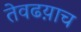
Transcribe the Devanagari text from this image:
तेवढय़ाच